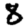
Digit: 8